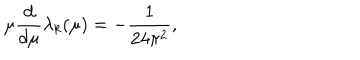
LaTeX: \mu { \frac { d } { d \mu } } \lambda _ { k } ( \mu ) = - { \frac { 1 } { 2 4 \pi ^ { 2 } } } ,